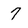
Character: 7